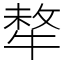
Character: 㹈